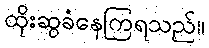
ထိုးဆွခံနေကြရသည်။